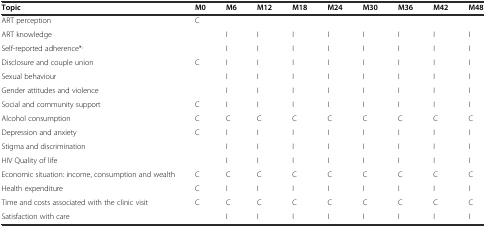
<table><thead><tr><td><b>Topic</b></td><td><b>M0</b></td><td><b>M6</b></td><td><b>M12</b></td><td><b>M18</b></td><td><b>M24</b></td><td><b>M30</b></td><td><b>M36</b></td><td><b>M42</b></td><td><b>M48</b></td></tr></thead><tbody><tr><td>ART perception</td><td>C</td><td></td><td></td><td></td><td></td><td></td><td></td><td></td><td></td></tr><tr><td>ART knowledge</td><td></td><td>I</td><td>I</td><td>I</td><td>I</td><td>I</td><td>I</td><td>I</td><td>I</td></tr><tr><td>Self-reported adherence*<sup>,</sup></td><td></td><td>I</td><td>I</td><td>I</td><td>I</td><td>I</td><td>I</td><td>I</td><td>I</td></tr><tr><td>Disclosure and couple union</td><td>C</td><td>I</td><td>I</td><td>I</td><td>I</td><td>I</td><td>I</td><td>I</td><td>I</td></tr><tr><td>Sexual behaviour</td><td></td><td>I</td><td>I</td><td>I</td><td>I</td><td>I</td><td>I</td><td>I</td><td>I</td></tr><tr><td>Gender attitudes and violence</td><td></td><td>I</td><td>I</td><td>I</td><td>I</td><td>I</td><td>I</td><td>I</td><td>I</td></tr><tr><td>Social and community support</td><td>C</td><td>I</td><td>I</td><td>I</td><td>I</td><td>I</td><td>I</td><td>I</td><td>I</td></tr><tr><td>Alcohol consumption</td><td>C</td><td>C</td><td>C</td><td>C</td><td>C</td><td>C</td><td>C</td><td>C</td><td>C</td></tr><tr><td>Depression and anxiety</td><td>C</td><td>I</td><td>I</td><td>I</td><td>I</td><td>I</td><td>I</td><td>I</td><td>I</td></tr><tr><td>Stigma and discrimination</td><td></td><td>I</td><td>I</td><td>I</td><td>I</td><td>I</td><td>I</td><td>I</td><td>I</td></tr><tr><td>HIV Quality of life</td><td></td><td>I</td><td>I</td><td>I</td><td>I</td><td>I</td><td>I</td><td>I</td><td>I</td></tr><tr><td>Economic situation: income, consumption and wealth</td><td>C</td><td>C</td><td>C</td><td>C</td><td>C</td><td>C</td><td>C</td><td>C</td><td>C</td></tr><tr><td>Health expenditure</td><td>C</td><td>I</td><td>I</td><td>I</td><td>I</td><td>I</td><td>I</td><td>I</td><td>I</td></tr><tr><td>Time and costs associated with the clinic visit</td><td>C</td><td>C</td><td>C</td><td>C</td><td>C</td><td>C</td><td>C</td><td>C</td><td>C</td></tr><tr><td>Satisfaction with care</td><td></td><td>I</td><td>I</td><td>I</td><td>I</td><td>I</td><td>I</td><td>I</td><td>I</td></tr></tbody></table>